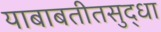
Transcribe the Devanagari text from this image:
याबाबतीतसुद्‌धा